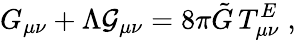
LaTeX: G_{\mu\nu}+\Lambda\mathcal{G}_{\mu\nu}=8\pi\tilde{{G}}\, T_{\mu\nu}^{E}\; ,